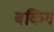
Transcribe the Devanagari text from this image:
बकिंग